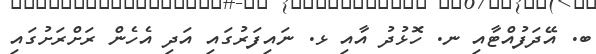
ބ. އޭދަފުއްޓާއި ނ. ހޮޅުދު އާއި ޅ. ނައިފަރުގައި އަދި އެހެން ރަށްރަށުގައި